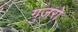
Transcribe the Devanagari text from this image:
गुज़रो